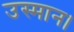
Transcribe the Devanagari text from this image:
उस्मान।